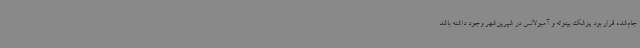
جام‌شده قرار بود پزشک بیتوته و آمبولانس در شیرین‌شهر وجود داشته باشد